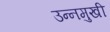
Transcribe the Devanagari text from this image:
उन्‍नमुखी